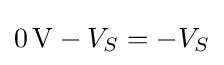
0\,\mathrm {V} -V_{S}=-V_{S}